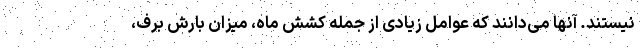
نیستند. آنها می‌دانند که عوامل زیادی از جمله کشش ماه، میزان بارش برف،